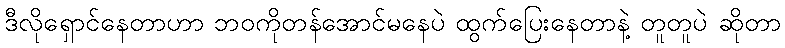
ဒီလိုရှောင်နေတာဟာ ဘဝကိုတန်အောင်မနေပဲ ထွက်ပြေးနေတာနဲ့ တူတူပဲ ဆိုတာ